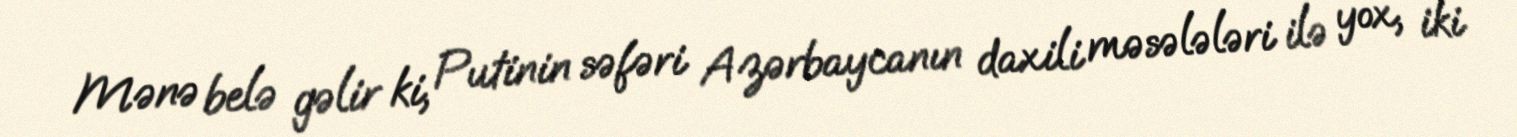
Mənə belə gəlir ki, Putinin səfəri Azərbaycanın daxili məsələləri ilə yox, iki